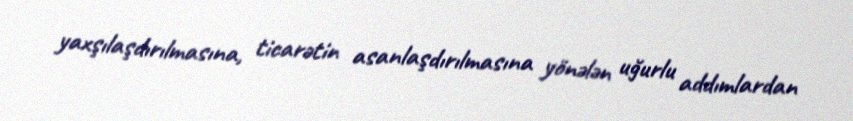
yaxşılaşdırılmasına, ticarətin asanlaşdırılmasına yönələn uğurlu addımlardan